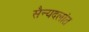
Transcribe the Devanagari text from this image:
सैन्यदलांत